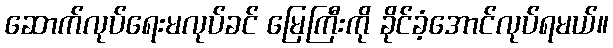
ဆောက်လုပ်ရေးမလုပ်ခင် မြေကြီးကို ခိုင်ခံ့အောင်လုပ်ရမယ်။